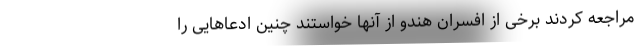
مراجعه کردند برخی از افسران هندو از آنها خواستند چنین ادعاهایی را